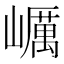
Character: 巁